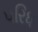
પરિધ